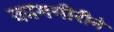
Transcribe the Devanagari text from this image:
कामगीरीने